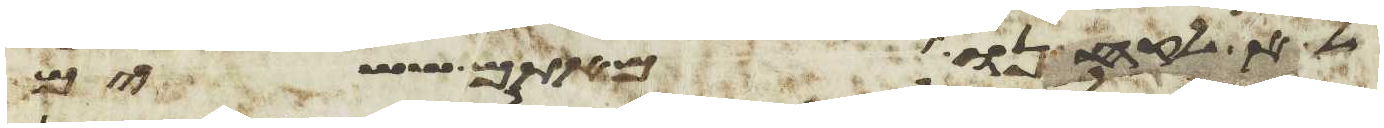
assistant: לא לקחנו מאתם ששים